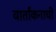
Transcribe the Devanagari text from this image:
वार्तांकनाची